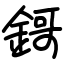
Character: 鎶